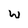
Character: w